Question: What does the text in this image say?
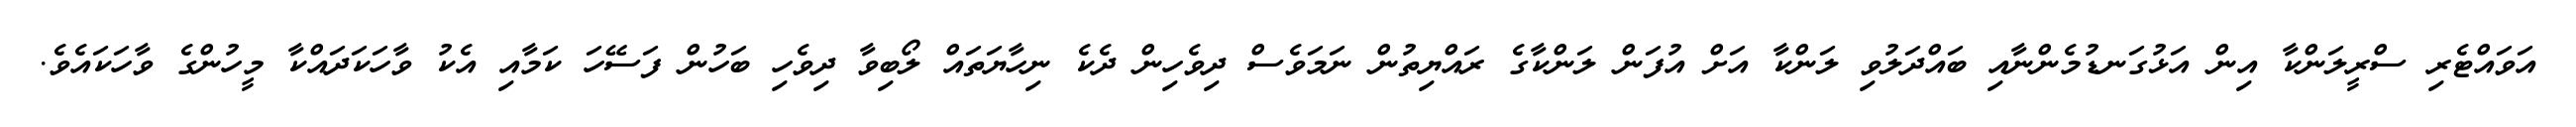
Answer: އަވައްޓެރި ސްރީލަންކާ އިން އަޅުގަނޑުމެންނާއި ބައްދަލުވި ލަންކާ އަށް އުފަން ލަންކާގެ ރައްޔިތުން ނަމަވެސް ދިވެހިން ދެކެ ނިހާޔަތައް ލޯބިވާ ދިވެހި ބަހުން ފަސޭހަ ކަމާއި އެކު ވާހަކަދައްކާ މީހުންގެ ވާހަކައެވެ.